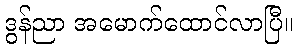
ဒွန်ညာ အမောက်ထောင်လာပြီ။